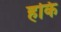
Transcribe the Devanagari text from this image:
हकि